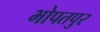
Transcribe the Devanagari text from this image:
भोपतपुर